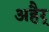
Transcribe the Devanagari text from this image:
अहैर्